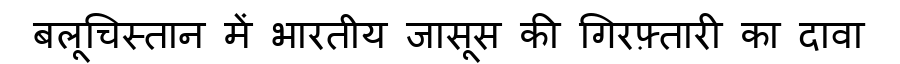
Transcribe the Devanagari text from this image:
बलूचिस्तान में भारतीय जासूस की गिरफ़्तारी का दावा